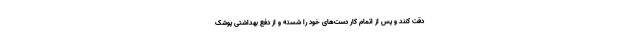
دقت کنند و پس از اتمام کار دست‌های خود را شسته و از دفع بهداشتی پوشک